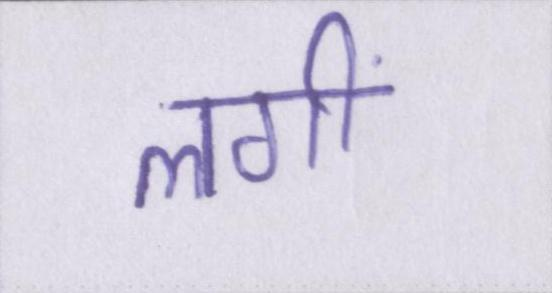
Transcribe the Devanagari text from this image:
लगीं